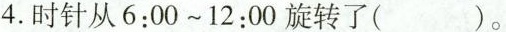
4.时针从6:00~12:00旋转了( )